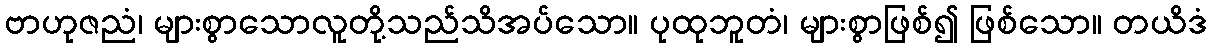
ဗာဟုဇညံ၊ များစွာသောလူတို့သည်သိအပ်သော။ ပုထုဘူတံ၊ များစွာဖြစ်၍ ဖြစ်သော။ တယိဒံ